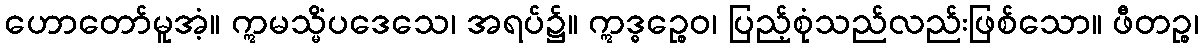
ဟောတော်မူအံ့။ ဣမသ္မိံပဒေသေ၊ အရပ်၌။ ဣဒ္ဓဉ္စေဝ၊ ပြည့်စုံသည်လည်းဖြစ်သော။ ဖီတဉ္စ၊